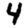
Digit: 4